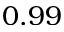
0 . 9 9